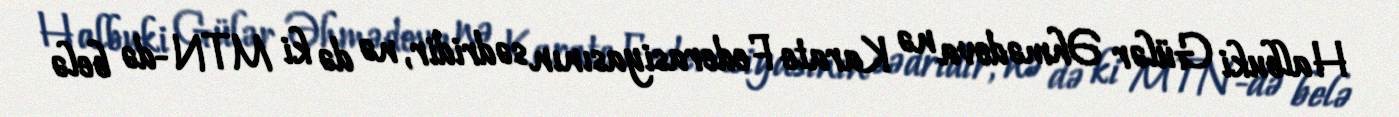
Halbuki Gülər Əhmədova nə Karate Federasiyasının sədridir, nə də ki MTN-də belə